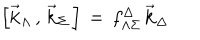
\Bigr [ { \vec { \bf k } } _ { \Lambda } \, , \, { \vec { \bf k } } _ { \Sigma } \, \Bigr ] \, = \, f _ { \Lambda \Sigma } ^ { \Delta } \, { \vec { \bf k } } _ { \Delta }